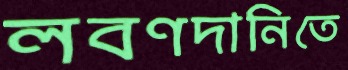
লবণদানিতে